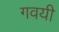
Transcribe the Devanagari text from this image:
गवयी